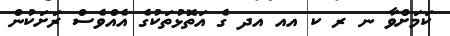
ކަމަށްވާ ނ ރ ކ އއ އދ ގެ އަތޮޅުތަކުގެ އެއްވެސް ރަށަކުން